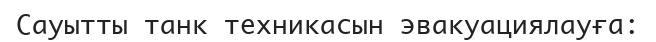
Сауытты танк техникасын эвакуациялауғa: